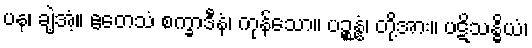
ပန၊ ချဲ့အံ့။ ဧတေသံ စက္ခာဒီနံ၊ ကုန်သော။ ပဉ္စန္နံ၊ တို့အား။ ပဋိသန္ဓိယံ၊